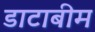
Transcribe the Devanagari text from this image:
डाटाबीम